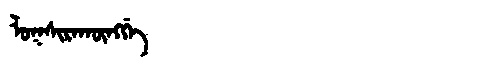
Manchu: ᠯᠣᡴᠰᡳᡵᠠᡴᡡᠩᡤᡝ
Romanization: LOKSIRAKŪNGGE